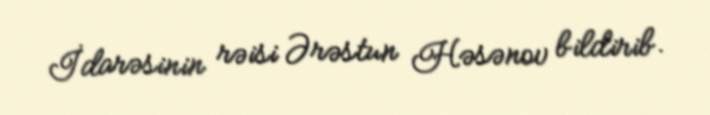
İdarəsinin rəisi Ərəstun Həsənov bildirib.